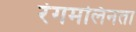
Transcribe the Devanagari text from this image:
रंगमलिनता